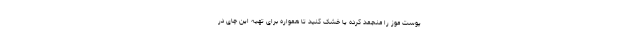
پوست موز را منجمد کرده یا خشک کنید تا همواره برای تهیه این چای در